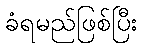
ခံရမည်ဖြစ်ပြီး